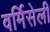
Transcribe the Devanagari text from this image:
वर्मिसेली